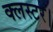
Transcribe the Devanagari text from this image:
क्लस्टर।